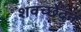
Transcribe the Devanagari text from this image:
शवच्छेदन